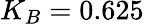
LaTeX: K_{B}=0.625